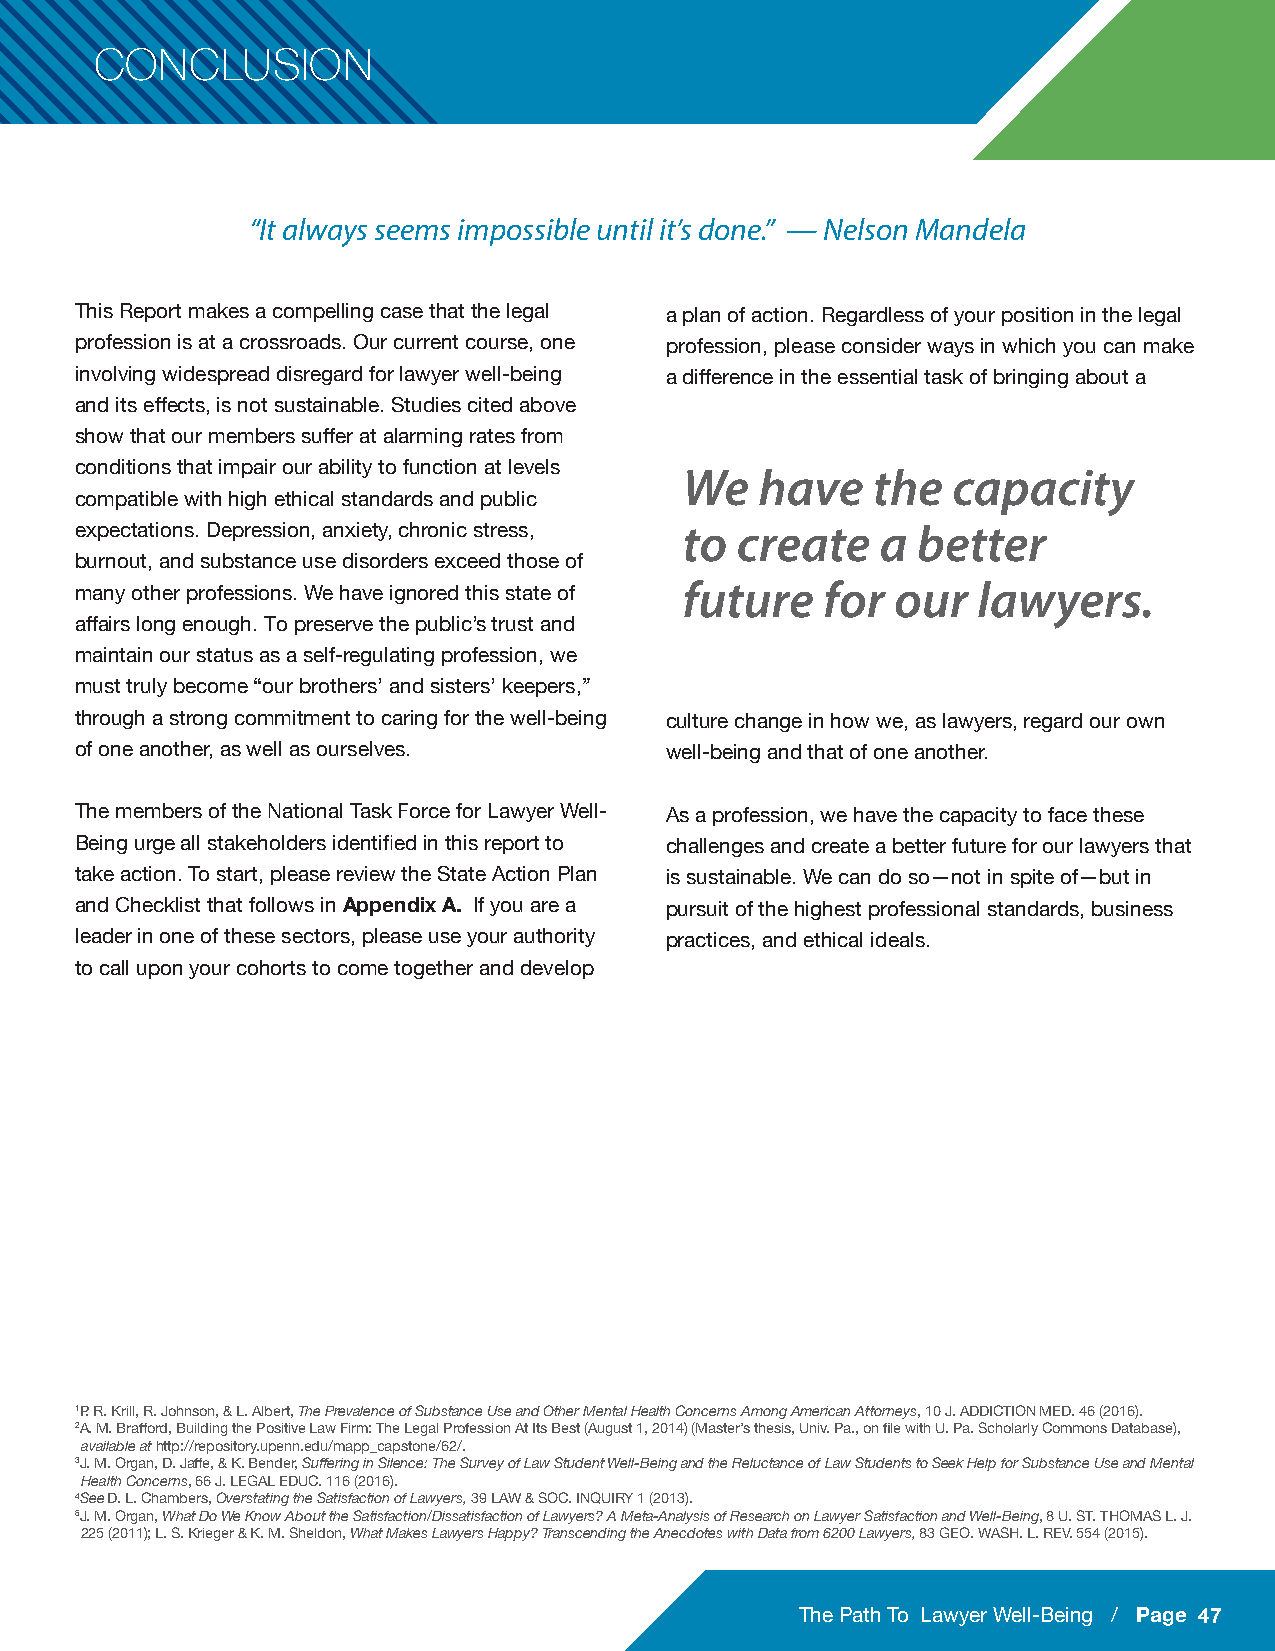
CONCLUSION
 “It always seems impossible until it’s done.” — Nelson Mandela
 This Report makes a compelling case that the legal a plan of action. Regardless of your position in the legal
 profession is at a crossroads. Our current course, one profession, please consider ways in which you can make
 involving widespread disregard for lawyer well-being a difference in the essential task of bringing about a
 and its effects, is not sustainable. Studies cited above
 show that our members suffer at alarming rates from
 conditions that impair our ability to function at levels We have the capacity
 compatible with high ethical standards and public
 expectations. Depression, anxiety, chronic stress, to create a better
 burnout, and substance use disorders exceed those of
 future   for  our   lawyers.
 many other professions. We have ignored this state of
 affairs long enough. To preserve the public’s trust and
 maintain our status as a self-regulating profession, we
 must truly become “our brothers’ and sisters’ keepers,”
 through a strong commitment to caring for the well-being culture change in how we, as lawyers, regard our own
 of one another, as well as ourselves.  well-being and that of one another.
 The members of the National Task Force for Lawyer Well- As a profession, we have the capacity to face these
 Being urge all stakeholders identified in this report to challenges and create a better future for our lawyers that
 take action. To start, please review the State Action Plan is sustainable. We can do so—not in spite of—but in
 and Checklist that follows in Appendix A. If you are a pursuit of the highest professional standards, business
 leader in one of these sectors, please use your authority practices, and ethical ideals.
 to call upon your cohorts to come together and develop
 1P. R. Krill, R. Johnson, & L. Albert, The Prevalence of Substance Use and Other Mental Health Concerns Among American Attorneys, 10 J. ADDICTION MED. 46 (2016).
 2A. M. Brafford, Building the Positive Law Firm: The Legal Profession At Its Best (August 1, 2014) (Master’s thesis, Univ. Pa., on file with U. Pa. Scholarly Commons Database),
 available at http://repository.upenn.edu/mapp_capstone/62/.
 3J. M. Organ, D. Jaffe, & K. Bender, Suffering in Silence: The Survey of Law Student Well-Being and the Reluctance of Law Students to Seek Help for Substance Use and Mental
 Health Concerns, 66 J. LEGAL EDUC. 116 (2016).
 4See D. L. Chambers, Overstating the Satisfaction of Lawyers, 39 LAW & SOC. INQUIRY 1 (2013).
 5J. M. Organ, What Do We Know About the Satisfaction/Dissatisfaction of Lawyers? A Meta-Analysis of Research on Lawyer Satisfaction and Well-Being, 8 U. ST. THOMAS L. J.
 225 (2011); L. S. Krieger & K. M. Sheldon, What Makes Lawyers Happy? Transcending the Anecdotes with Data from 6200 Lawyers, 83 GEO. WASH. L. REV. 554 (2015).
 The Path To Lawyer Well-Being / Page 47